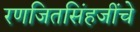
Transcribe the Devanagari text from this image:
रणजितसिंहजींचे